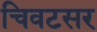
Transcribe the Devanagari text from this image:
चिवटसर